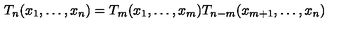
T _ { n } ( x _ { 1 } , \ldots , x _ { n } ) = T _ { m } ( x _ { 1 } , \ldots , x _ { m } ) T _ { n - m } ( x _ { m + 1 } , \ldots , x _ { n } )